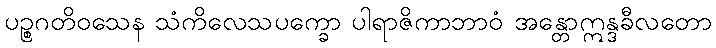
ပဉ္စဂတိဝသေန သံကိလေသပက္ခော ပါရာဇိကာဘာဝံ အန္တောဣန္ဒခီလတော